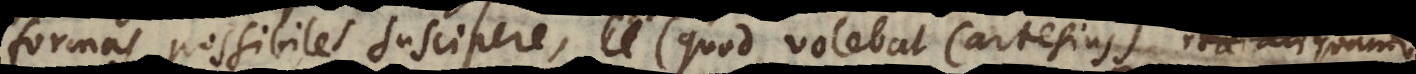
formas possibiles suscipere (quod volebat Cartesius). Ita aliqua